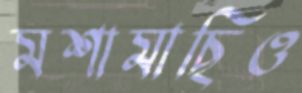
মশামাছিও